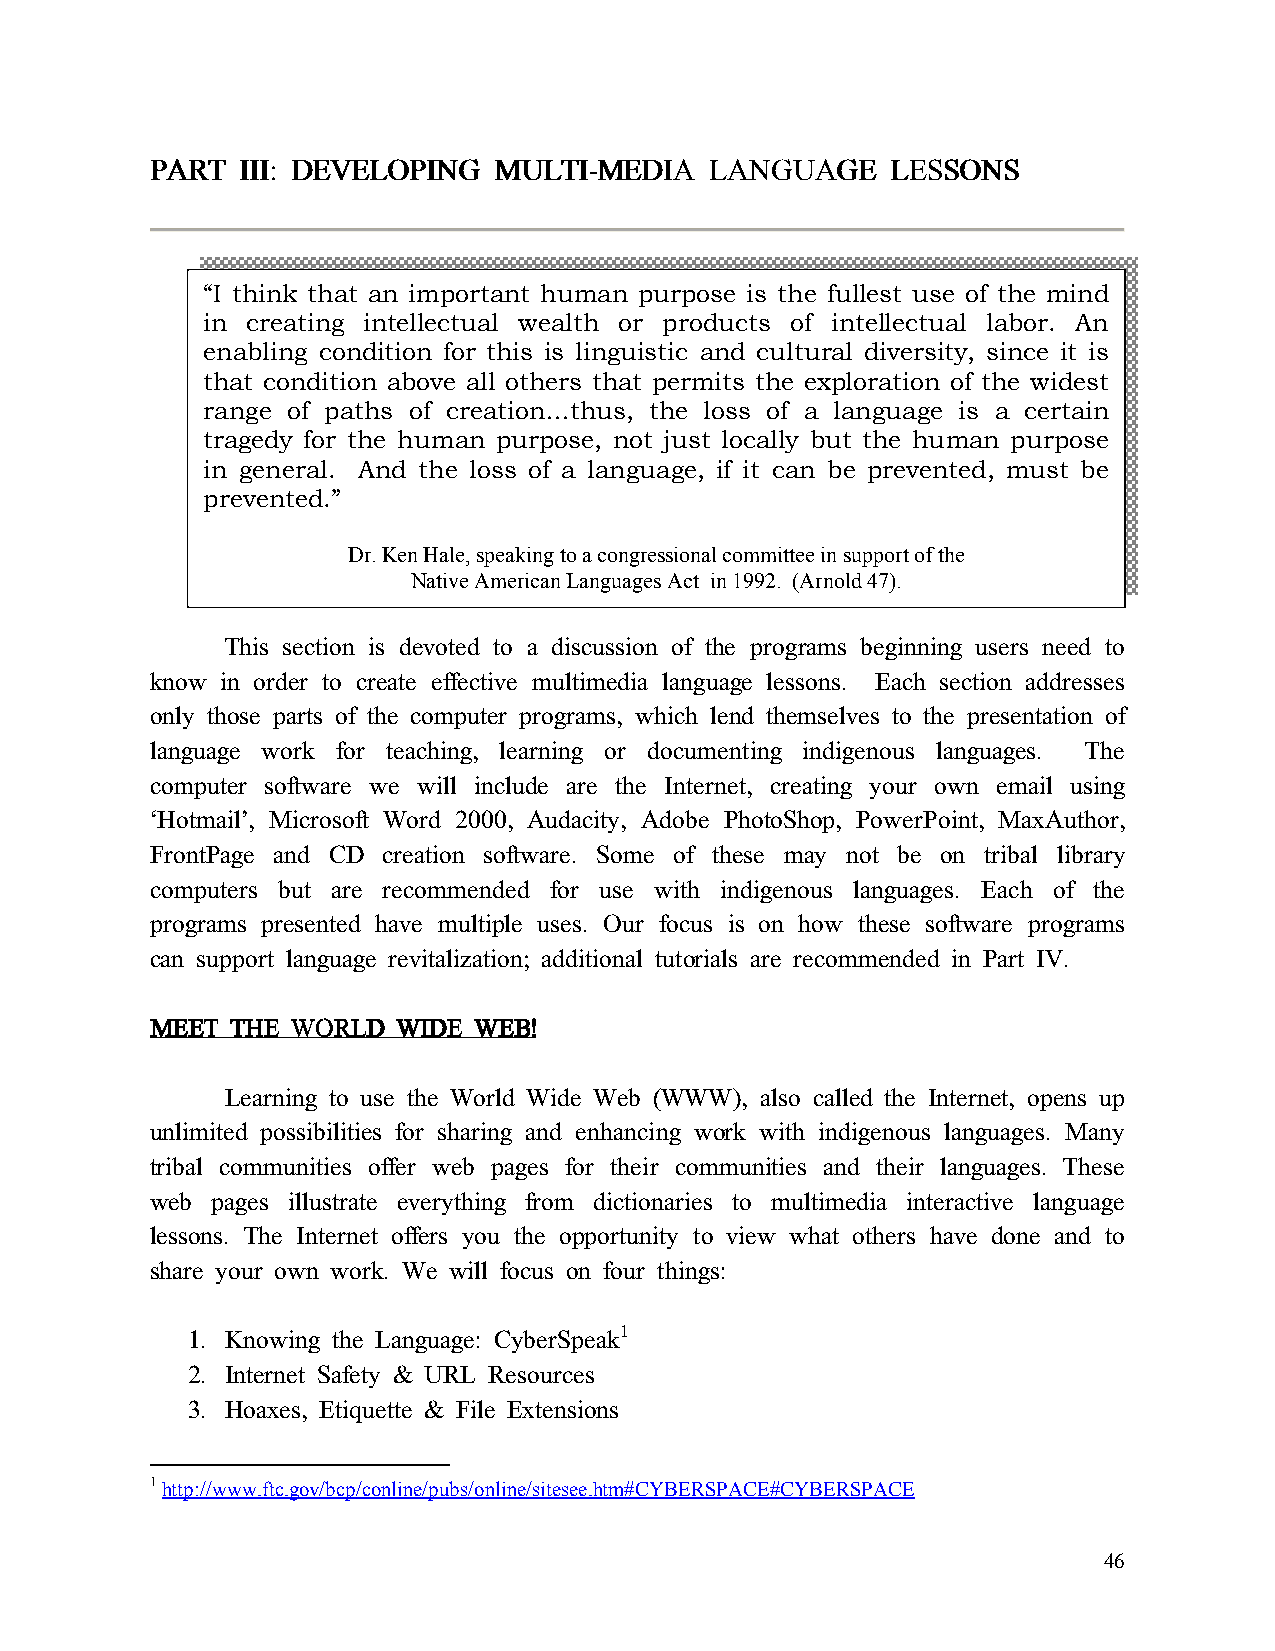
PPPPAAAARRRRTTTT IIIIIIIIIIII:::: DDDDEEEEVVVVEEEELLLLOOOOPPPPIIIINNNNGGGG MMMMUUUULLLLTTTTIIII----MMMMEEEEDDDDIIIIAAAA LLLLAAAANNNNGGGGUUUUAAAAGGGGEEEE LLLLEEEESSSSSSSSOOOONNNNSSSS
 “I think that an important human purpose is the fullest use of the mind
 in creating intellectual wealth or products of intellectual labor. An
 enabling condition for this is linguistic and cultural diversity, since it is
 that condition above all others that permits the exploration of the widest
 range of paths of creation…thus, the loss of a language is a certain
 tragedy for the human purpose, not just locally but the human purpose
 in general. And the loss of a language, if it can be prevented, must be
 p r evented.”
 Dr. Ken Hale, speaking to a congressional committee in support of the
 Native American Languages Act in 1992. (Arnold 47).
 This section is devoted to a discussion of the programs beginning users need to
 know in order to create effective multimedia language lessons. Each section addresses
 only those parts of the computer programs, which lend themselves to the presentation of
 language work for teaching, learning or documenting indigenous languages. The
 computer software we will include are the Internet, creating your own email using
 ‘Hotmail’, Microsoft Word 2000, Audacity, Adobe PhotoShop, PowerPoint, MaxAuthor,
 FrontPage and CD creation software. Some of these may not be on tribal library
 computers but are recommended for use with indigenous languages. Each of the
 programs presented have multiple uses. Our focus is on how these software programs
 can support language revitalization; additional tutorials are recommended in Part IV.
 MMMMEEEEEEEETTTT TTTTHHHHEEEE WWWWOOOORRRRLLLLDDDD WWWWIIIIDDDDEEEE WWWWEEEEBBBB!!!!
 Learning to use the World Wide Web (WWW), also called the Internet, opens up
 unlimited possibilities for sharing and enhancing work with indigenous languages. Many
 tribal communities offer web pages for their communities and their languages. These
 web pages illustrate everything from dictionaries to multimedia interactive language
 lessons. The Internet offers you the opportunity to view what others have done and to
 share your own work. We will focus on four things:
 1. Knowing the Language: CyberSpeak1
 2. Internet Safety & URL Resources
 3. Hoaxes, Etiquette & File Extensions
 1 http://www.ftc.gov/bcp/conline/pubs/online/sitesee.htm#CYBERSPACE#CYBERSPACE
 46